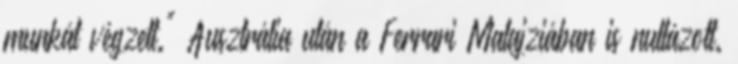
munkát végzett." Ausztrália után a Ferrari Malajziában is nullázott.